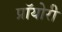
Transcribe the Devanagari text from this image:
प्रॉयोरी